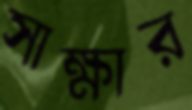
সাক্ষার